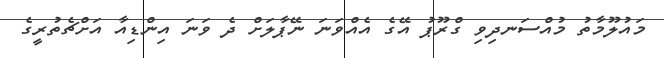
މައުލޫމާތު މުއްސަނދިވި ގްރޫޕު އޭގެ އެއްވަނަ ނޭޕާލަށް ދެ ވަނަ އިންޑިއާ އަށްޗެތުރީގެ